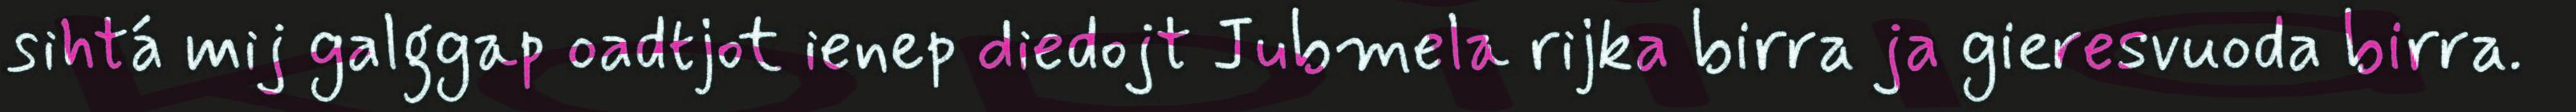
sihtá mij galggap oadtjot ienep diedojt Jubmela rijka birra ja gieresvuoda birra.